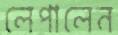
লেপালেন